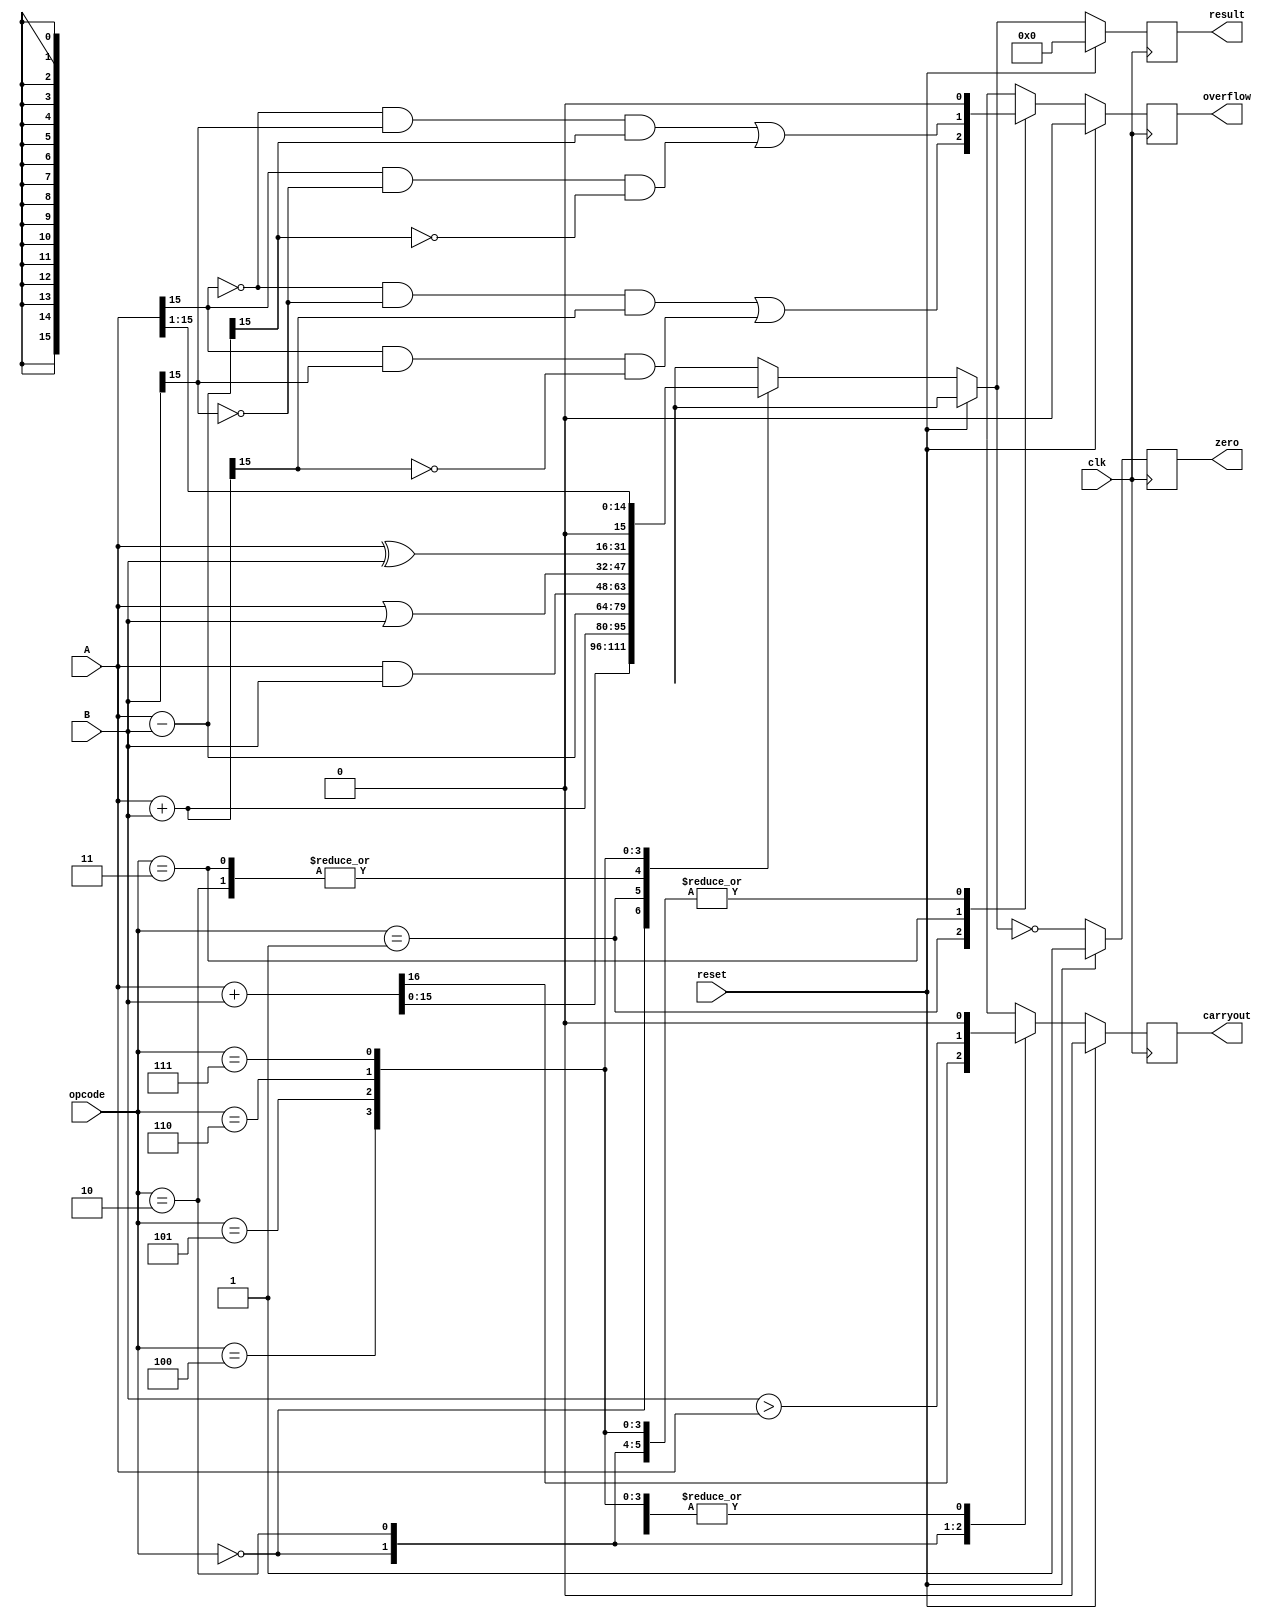
//=========================================================================
// Name & Email must be EXACTLY as in Gradescope roster!
// Name: Christopher Arellano
// 
// Assignment name: Lab 01 - ALU
// Lab section: 021
// TA: Quan Fan
// 
// I hereby certify that I have not received assistance on this assignment,
// or used code, from ANY outside source other than the instruction team
// (apart from what was provided in the starter file).
//
//=========================================================================

`timescale 1ns / 1ps

//  Constant definitions 

module myalu # ( parameter NUMBITS = 16 ) (
    input wire clk, 
    input wire reset ,  
    input  wire[NUMBITS-1:0] A, 
    input  wire[NUMBITS-1:0] B, 
    input wire [2:0]opcode, 
    output reg [NUMBITS-1:0] result,  
    output reg carryout ,
    output reg overflow , 
    output reg zero  );

// ------------------------------
// Insert your solution below
// ------------------------------ 
    wire A_sign;
    wire B_sign;
    assign A_sign = A[NUMBITS-1];
    assign B_sign = B[NUMBITS-1];
    always @(posedge clk) begin
        carryout = 0;
        overflow = 0;
        zero = 1;
        if(reset) begin
            result = 0;
        end
        else begin
            case(opcode)
                3'b000: {carryout, result} = A + B; //unsigned add
                3'b001: begin //signed add
                    result = A + B;
                    overflow = (~A_sign & ~B_sign & result[NUMBITS-1]) | (A_sign & B_sign & ~result[NUMBITS-1]);
                end
                3'b010: begin //unsigned sub
                    result = A - B;
                    carryout = B > A;
                end
                3'b011: begin //signed sub
                    result = A - B;
                    overflow = (~A_sign & B_sign & result[NUMBITS-1]) | (A_sign & ~B_sign & ~result[NUMBITS-1]);
                end
                3'b100: result = A & B; //bitwise AND
                3'b101: result = A | B; //bitwise OR
                3'b110: result = A ^ B; //bitwise XOR
                3'b111: result = A >> 1; //divide A by 2
            endcase
            zero = result == 0;
        end
    end
endmodule